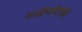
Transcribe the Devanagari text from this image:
अर्द्धपरिधि